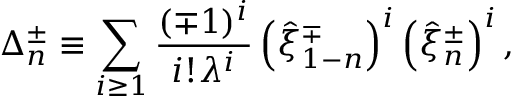
\Delta _ { n } ^ { \pm } \equiv \sum _ { i \geq 1 } ^ { } \frac { ( \mp 1 ) ^ { i } } { i ! \lambda ^ { i } } \left( \hat { \xi } _ { 1 - n } ^ { \mp } \right) ^ { i } \left( \hat { \xi } _ { n } ^ { \pm } \right) ^ { i } ,